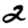
Digit: 2